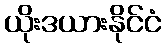
ယိုးဒယားနိုင်ငံ